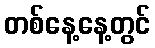
တစ်နေ့နေ့တွင်